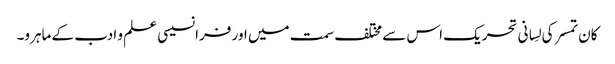
کان تمسر کی لِسانی تحریک اس سے مختلف سمت میں اور فرانسیسی علم و ادب کے ماہرو۔